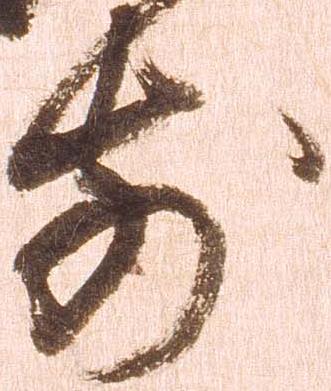
前